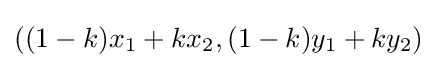
((1-k)x_{1}+kx_{2},(1-k)y_{1}+ky_{2})